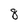
Character: 8